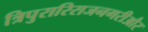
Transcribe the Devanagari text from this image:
त्रिपुरारिराजनगरीऔर